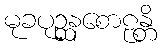
မုခပုဉ္ဆနစောဠန္တိ